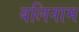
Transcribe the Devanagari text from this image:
बलिनाम